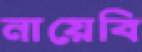
নায়েবি